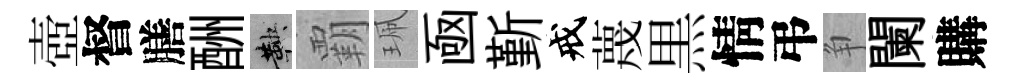
壺督膳酬鞅覇珮凾斳戒蔑黒情弔争闌購